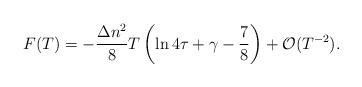
LaTeX: \begin{align*}F(T)=-\frac{\Delta n^2}{8}T\left ( \ln 4\tau +\gamma -\frac{7}{8}\right ) +{\cal O}(T^{-2}). \end{align*}